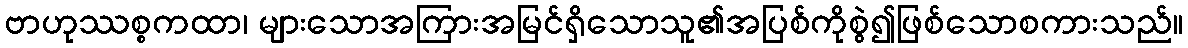
ဗာဟုဿစ္စကထာ၊ များသောအကြားအမြင်ရှိသောသူ၏အပြစ်ကိုစွဲ၍ဖြစ်သောစကားသည်။